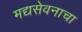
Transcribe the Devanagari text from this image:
मद्यसेवनाचा